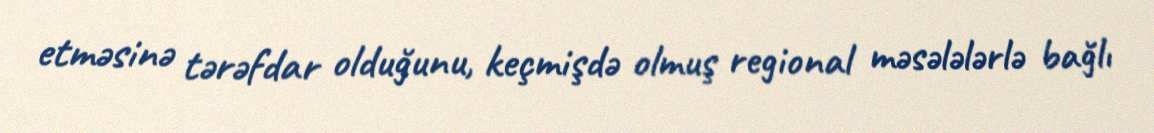
etməsinə tərəfdar olduğunu, keçmişdə olmuş regional məsələlərlə bağlı